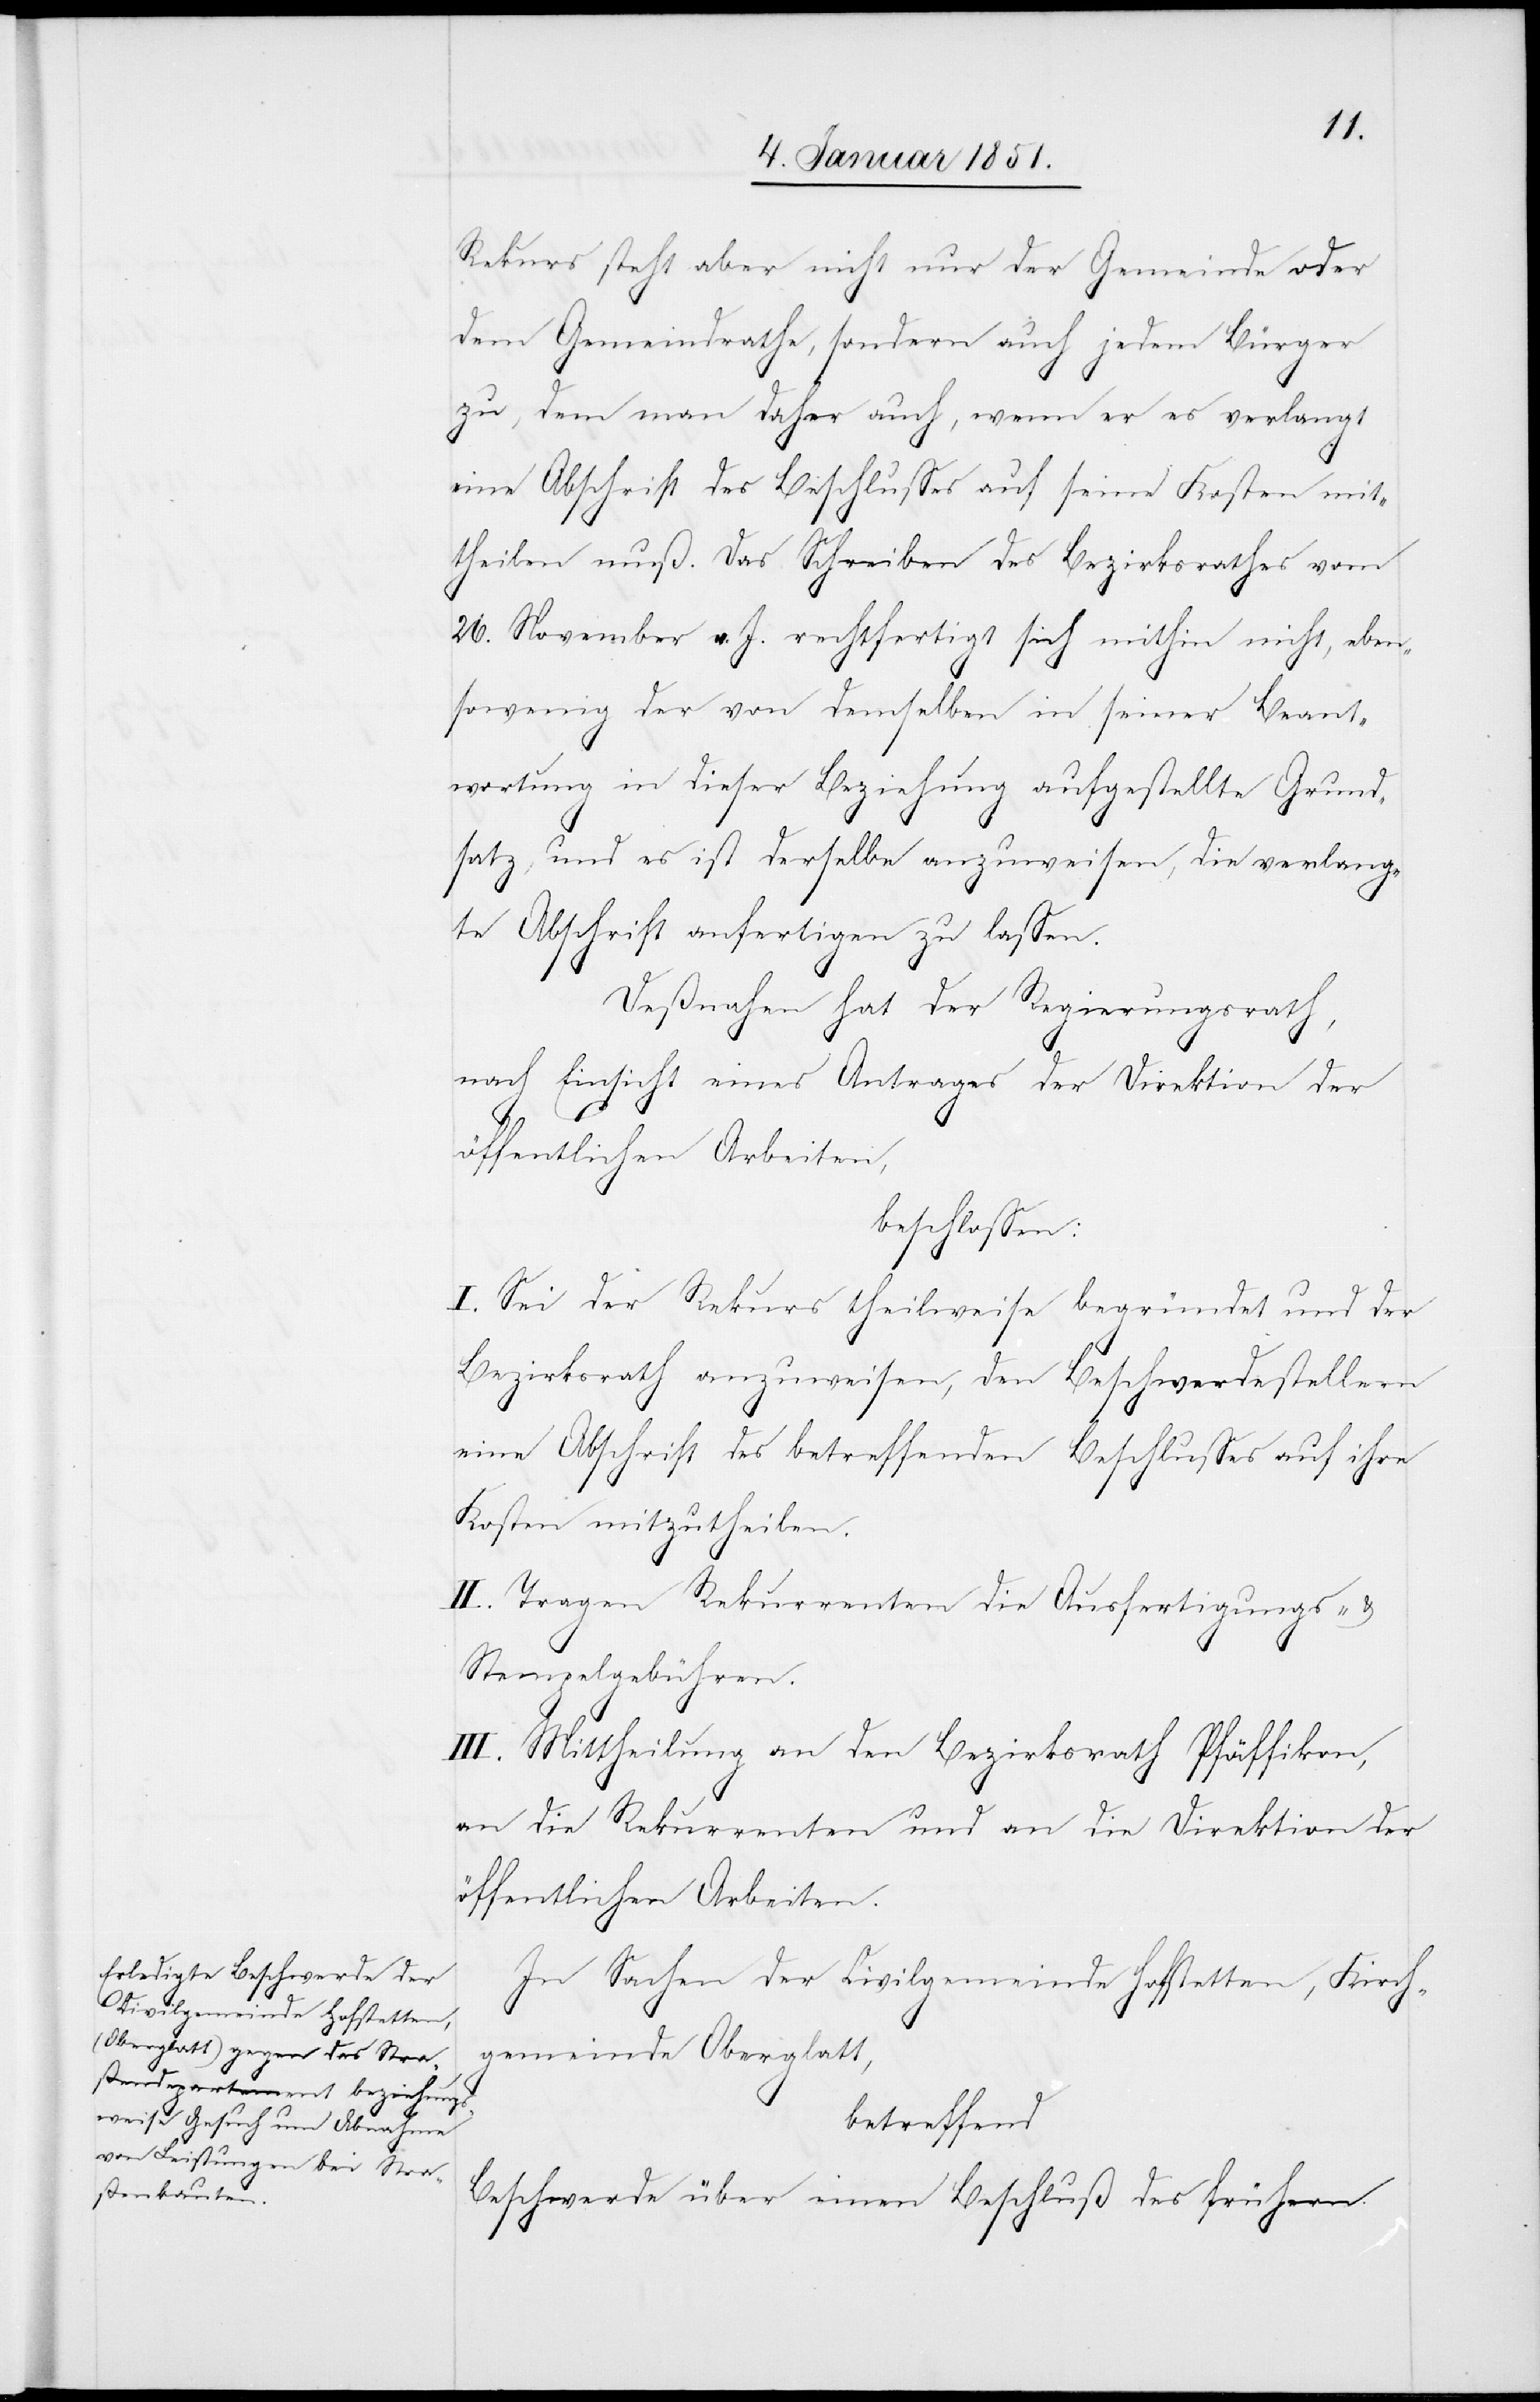
Rekurs steht aber nicht nur der Gemeinde oder
dem Gemeindrathe, sondern auch jedem Bürger
zu, dem man daher auch, wenn er es verlangt
eine Abschrift des Beschlusses auf seine Kosten mit¬
theilen muß. Das Schreiben des Bezirksrathes vom
26. November v. J. rechtfertigt sich mithin nicht, eben¬
sowenig der von demselben in seiner Beant¬
wortung in dieser Beziehung aufgestellte Grund¬
satz, und es ist derselbe anzuweisen, die verlang¬
te Abschrift anfertigen zu lassen.
Deßnahen hat der Regierungsrath,
nach Einsicht eines Antrages der Direktion der
öffentlichen Arbeiten,
beschlossen:
I. Sei der Rekurs theilweise begründet und der
Bezirksrath anzuweisen, den Beschwerdestellern
eine Abschrift des betreffenden Beschlusses auf ihre
Kosten mitzutheilen.
II. Tragen Rekurrenten die Ausfertigungs- &
Stempelgebühren.
III. Mittheilung an den Bezirksrath Pfäffikon,
an die Rekurrenten und an die Direktion der
öffentlichen Arbeiten.
In Sachen der Civilgemeinde Hofstetten, Kirch¬
gemeinde Oberglatt,
betreffend
Beschwerde über einen Beschluß des frühern